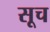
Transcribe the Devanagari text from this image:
सूच